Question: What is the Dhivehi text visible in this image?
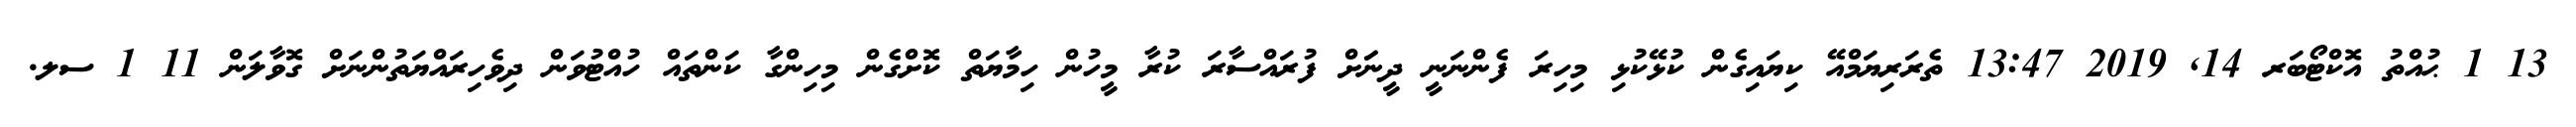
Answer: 13 1 ޙުއްތު އޮކްޓޯބަރ 14, 2019 13:47 ތެރަރިޔަމްއޭ ކިޔައިގެން ކުޅޭކުޅި މިހިރަ ފެންނަނީ ދީނަަށް ފުރައްސާރަ ކުރާ މީހުން ހިމާޔަތް ކޮށްގެން މިހިންގާ ކަންތައް ހުއްޓުވަން ދިވެހިރައްޔަތުންނަށް ގޮވާލަން 11 1 ސލ.